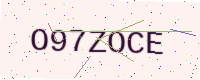
Text: O97ZOCE